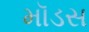
મૉડસ